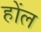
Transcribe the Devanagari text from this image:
होंल